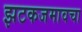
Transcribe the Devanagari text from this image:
झटकजमावचा